Vaccination in Bombay 1863-1868 - 1863-1868
Year: 1863
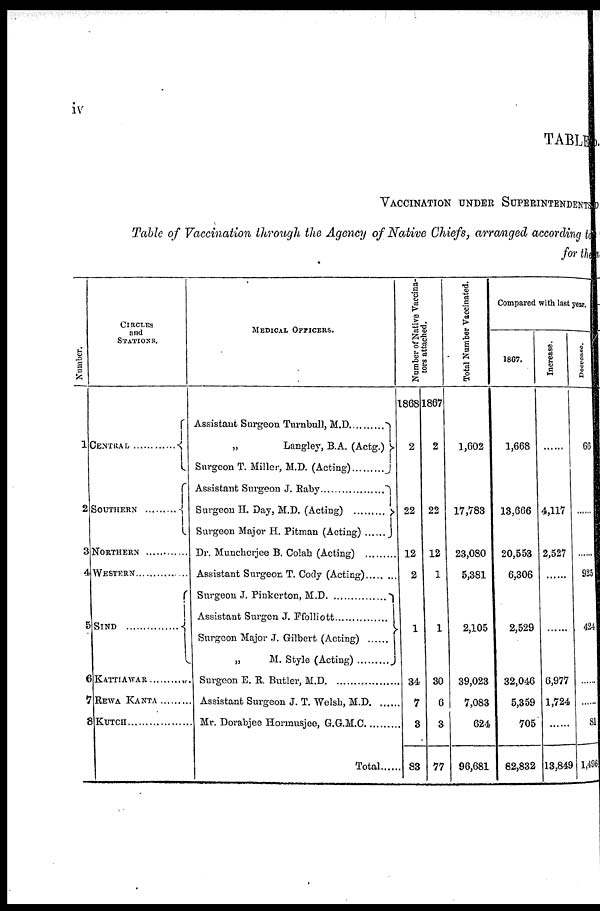
iv
TABLE
VACCINATION UNDER SUPERINTENDENTS
Table of Vaccination through the Agency of Native Chiefs, arranged according to
for the
Number.
1
2
3
4
5
6
7
8
CIRCLES
and
STATIONS.
CENTRAL ...............
SOUTHERN .........
NORTHERN ............
WESTERN ............
SIND ................
KATTIAWAR ................
REWA KANTA ........
KUTCH ....................
MEDICAL OFFICERS.
Assistant Surgeon Turnbull, M. D. ........
„
Langley, B.A. (Actg.)
Surgeon T. Miller, M.D.
(Acting).........
Assistants Surgeon J. Raby ....................
Surgeon H. Day, M. D. (Acting) ......
Surgeon Major H. Pitman (Acting)
......
Dr. Muncherjee B. Colah (Acting)
........
Assistant Surgeon T. Cody (Acting)........
Surgeon J. Pinkerton,
M.D............
Assistant Surgen J.
Ffblliott............
Surgeon Major J. Gilbert (Acting)
......
„ M. Style
(Acting)........
Surgeon E. R. Butler,
M.D.
................
Assistant Surgeon J. T. Welsh,
M.D......
Mr. Dorabjee Hormnusjee, G.G.M.C. ........
Total........
Number of Native Vaccina¬
tors attached.
1868
2
22
12
2
1
34
7
3
83
1867
2
22
12
1
1
30
6
3
77
Total Number Vaccinated.
1,602
17,783
23,080
5,381
2,105
39,023
7,083
624
96,681
Compared with last year.
1867
1,668
13,666
20,553
6,306
2,529
32,046
5,359
705
62,832
Increase.
......
4,117
2,527
......
......
6,977
1,724
......
13,849
Decrease.
66
......
......
925
424
......
......
81
1,496